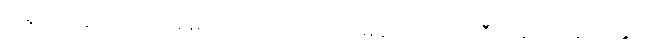
တရွာထဲနေ ညာဏ်ဝင်း မည်သည့်ပြိုင်ဘက်ကိုမဆို အယ်လဂိုရီသမ် ဖြည့်ဆည်းခွင့်